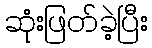
ဆုံးဖြတ်ခဲ့ပြီး